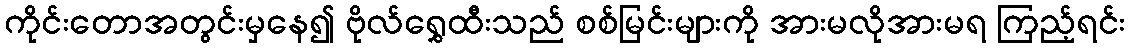
ကိုင်းတောအတွင်းမှနေ၍ ဗိုလ်ရွှေထီးသည် စစ်မြင်းများကို အားမလိုအားမရ ကြည့်ရင်း